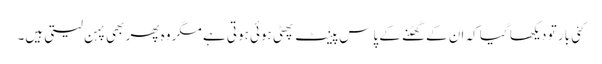
کئی بار تو دیکھا گیا کہ ان کے گھٹنے کے پاس پینٹ پھٹی ہوئی ہوتی ہے مگر وہ پھر بھی پہن لیتی ہیں۔